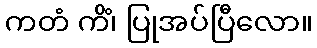
ကတံ ကိံ၊ ပြုအပ်ပြီလော။